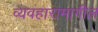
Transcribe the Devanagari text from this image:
व्यवहारामागील